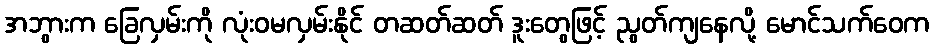
အဘွားက ခြေလှမ်းကို လုံးဝမလှမ်းနိုင် တဆတ်ဆတ် ဒူးတွေဖြင့် ညွတ်ကျနေလို့ မောင်သက်ဝေက